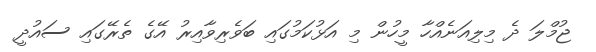
ޖުމްލަ ދެ މިލިއަނެއްހާ މީހުން މި އަޅުކަމުގައި ބަވެރިވާއިރު އޭގެ ތެރޭގައި ސައުދީ